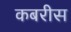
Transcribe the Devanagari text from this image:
कबरीस